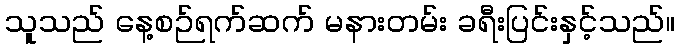
သူသည် နေ့စဉ်ရက်ဆက် မနားတမ်း ခရီးပြင်းနှင့်သည်။